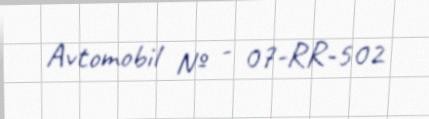
Avtomobil № - 07-RR-502